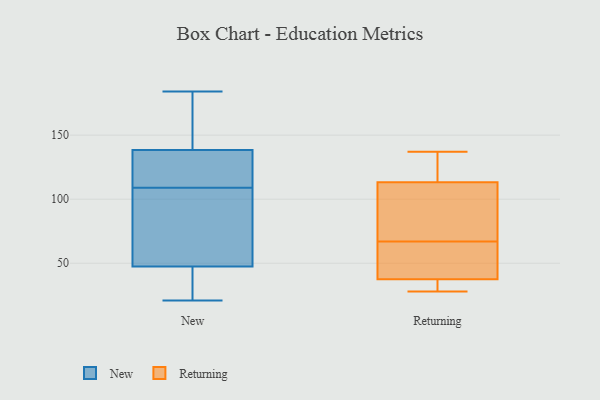
{"axis": {"x": "Tickets Resolved", "y": "Value"}, "legend": ["New", "Returning"], "data": [{"x": "", "y": 157, "type": "New"}, {"x": "", "y": 24, "type": "New"}, {"x": "", "y": 184, "type": "New"}, {"x": "", "y": 52, "type": "New"}, {"x": "", "y": 109, "type": "New"}, {"x": "", "y": 107, "type": "New"}, {"x": "", "y": 109, "type": "New"}, {"x": "", "y": 131, "type": "New"}, {"x": "", "y": 46, "type": "New"}, {"x": "", "y": 21, "type": "New"}, {"x": "", "y": 113, "type": "New"}, {"x": "", "y": 37, "type": "New"}, {"x": "", "y": 171, "type": "New"}, {"x": "", "y": 116, "type": "New"}, {"x": "", "y": 141, "type": "New"}, {"x": "", "y": 54, "type": "Returning"}, {"x": "", "y": 35, "type": "Returning"}, {"x": "", "y": 28, "type": "Returning"}, {"x": "", "y": 83, "type": "Returning"}, {"x": "", "y": 99, "type": "Returning"}, {"x": "", "y": 137, "type": "Returning"}, {"x": "", "y": 123, "type": "Returning"}, {"x": "", "y": 118, "type": "Returning"}, {"x": "", "y": 45, "type": "Returning"}, {"x": "", "y": 35, "type": "Returning"}, {"x": "", "y": 67, "type": "Returning"}]}